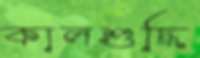
কালশুদ্ধি